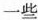
一些